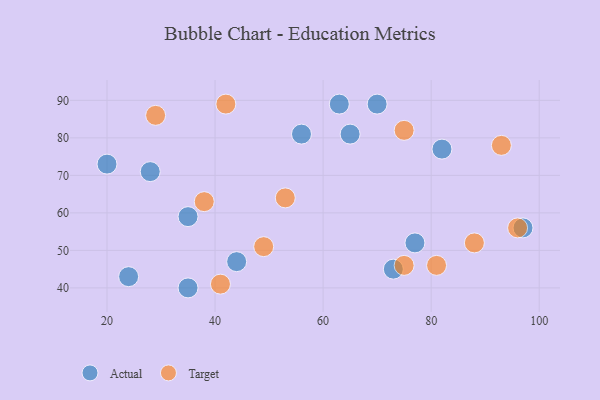
{"axis": {"x": "GDP", "y": "Life Expectancy"}, "legend": ["Actual", "Target"], "data": [{"x": "65", "y": 81, "type": "Actual"}, {"x": "82", "y": 77, "type": "Actual"}, {"x": "35", "y": 59, "type": "Actual"}, {"x": "73", "y": 45, "type": "Actual"}, {"x": "97", "y": 56, "type": "Actual"}, {"x": "28", "y": 71, "type": "Actual"}, {"x": "20", "y": 73, "type": "Actual"}, {"x": "24", "y": 43, "type": "Actual"}, {"x": "35", "y": 40, "type": "Actual"}, {"x": "63", "y": 89, "type": "Actual"}, {"x": "44", "y": 47, "type": "Actual"}, {"x": "77", "y": 52, "type": "Actual"}, {"x": "70", "y": 89, "type": "Actual"}, {"x": "56", "y": 81, "type": "Actual"}, {"x": "42", "y": 89, "type": "Target"}, {"x": "29", "y": 86, "type": "Target"}, {"x": "38", "y": 63, "type": "Target"}, {"x": "75", "y": 82, "type": "Target"}, {"x": "75", "y": 46, "type": "Target"}, {"x": "88", "y": 52, "type": "Target"}, {"x": "81", "y": 46, "type": "Target"}, {"x": "49", "y": 51, "type": "Target"}, {"x": "96", "y": 56, "type": "Target"}, {"x": "93", "y": 78, "type": "Target"}, {"x": "53", "y": 64, "type": "Target"}, {"x": "41", "y": 41, "type": "Target"}]}